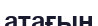
атағын